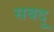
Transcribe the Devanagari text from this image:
सबदु